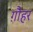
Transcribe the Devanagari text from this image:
ग़ौहर